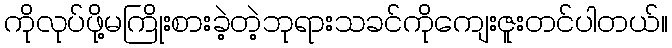
ကိုလုပ်ဖို့မကြိုးစားခဲ့တဲ့ဘုရားသခင်ကိုကျေးဇူးတင်ပါတယ်။